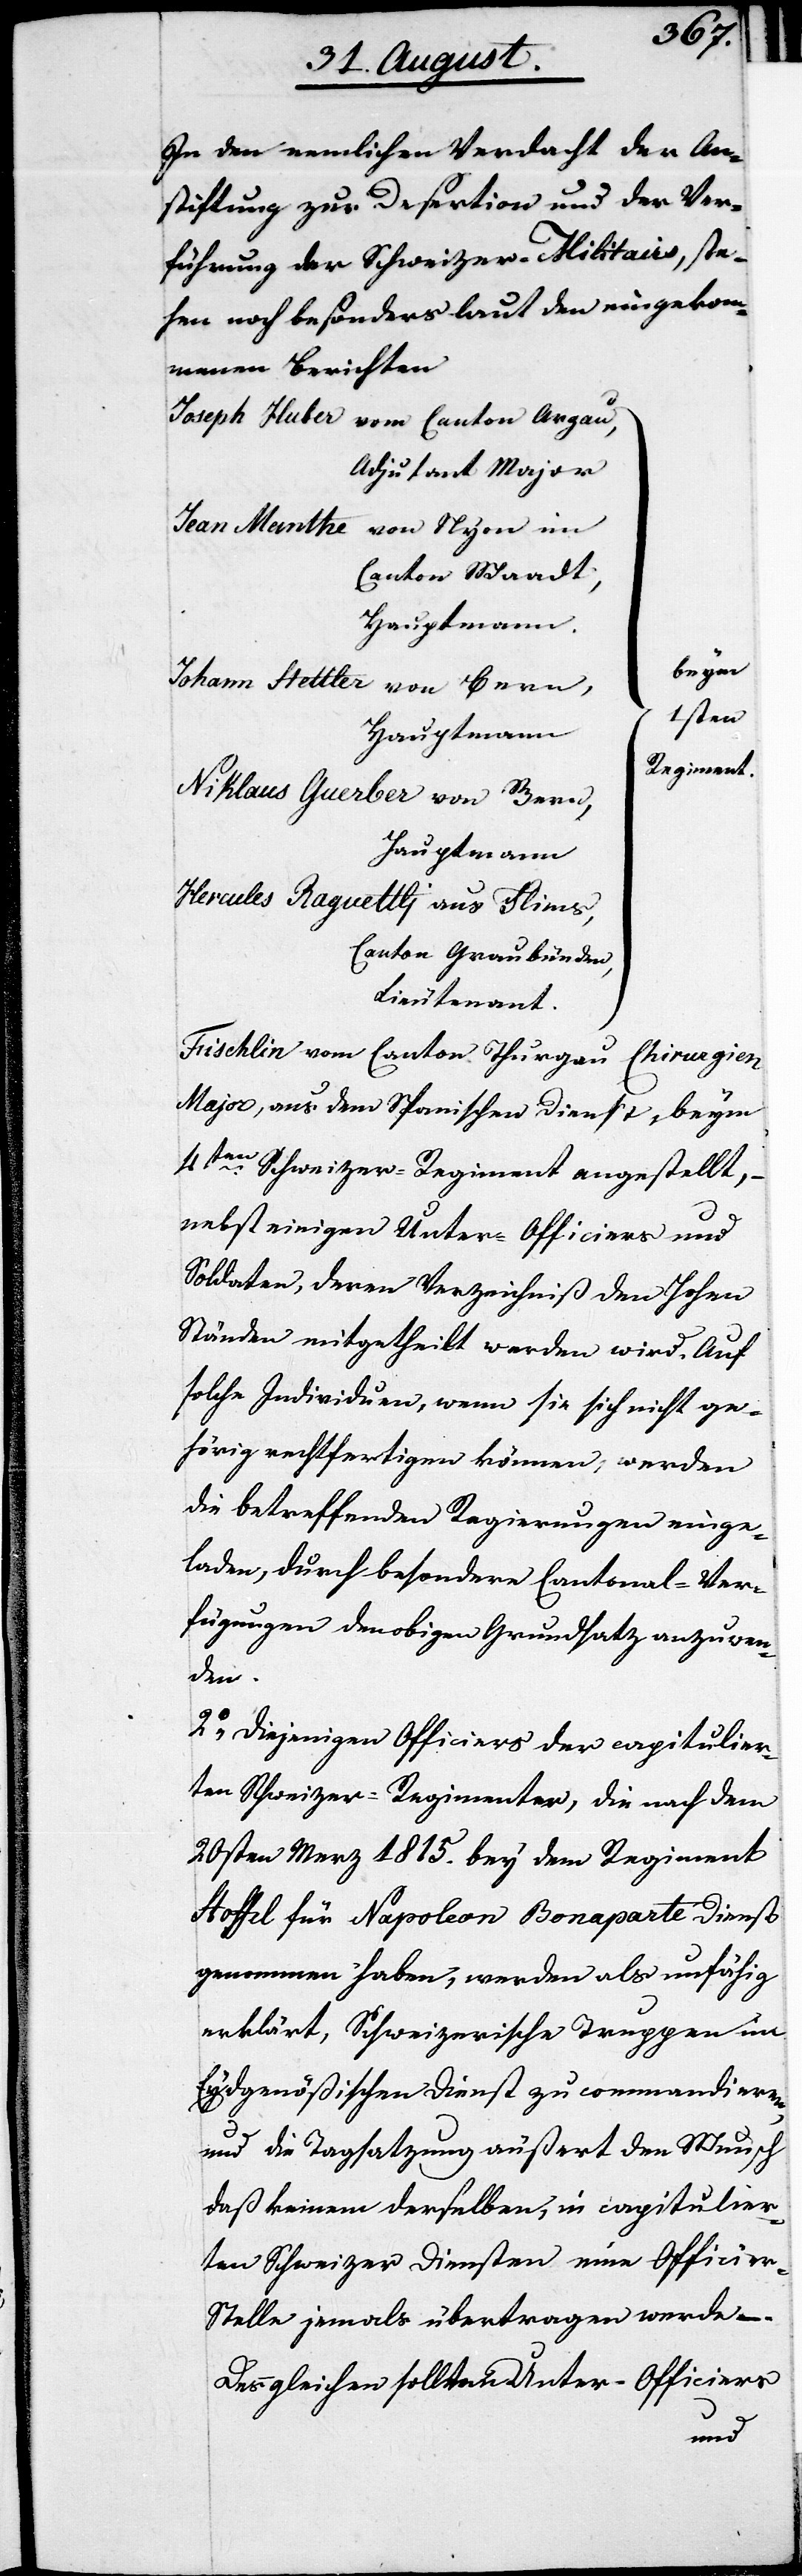
In den nemlichen Verdacht der An¬
stiftung zur Desertation und der Ver¬
führung der Schweizer-Militairs, ste¬
hen noch besonders laut den eingekom¬
menen Berichten
Joseph Huber vom Canton Argau,
Adjutant Major
Jean Manthe von Nyon im
Canton Waadt,
Johann Stettler von Bern,
1sten
Regiment
Niklaus Guerber von Bern,
Hauptmann
Hercules Raguettli aus Flims,
Canton Graubünden,
Lieutenant
Frischlin vom Canton Thurgau Chirurgien
Major, aus dem Spanischen Dienst, beym
4ten Schweizer-Regiment angestellt,
nebst einigen Unter-Officiers und
Soldaten, deren Verzeichniß den Hohen
Ständen mitgetheilt werden wird. Auf
solche Individuen, wenn sie sich nicht ge¬
hörig rechtfertigen können, werden
die betreffenden Regierungen einge¬
laden, durch besondere Cantonal-Ver¬
fügungen den obigen Grundsatz anzuwen¬
den.
2.) Diejenigen Officers der capitulier¬
ten Schweizer-Regimenter, die nach dem
20sten Merz 1815. bey dem Regiment
Stoffel für Napoleon Bonaparte Dienst
genommen haben, werden als unfähig
erklärt, Schweizerische Truppen im
Eydgenößischen Dienst zu commandieren,
und die Tagsatzung äußert den Wunsch,
daß keinem derselben, in capitulier¬
ten Schweizer Diensten eine Officier-S¬
telle jemals übertragen werde –.
Deßgleichen sollten Unter-Officiers